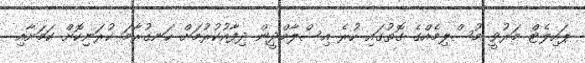
ޕައިލެޓް މަރުވީ މުސްލިމެއްގެ ގޮތުގައި ހުރެ އިސްލާމްދީން ދިފާއުކުރުމަށް ހަނގުރާމަ ކުރަނިކޮށް ކަމަށާއި